Indian journal of veterinary science and animal husbandry - Volumes 15-17, 1948-1951
Year: 1948
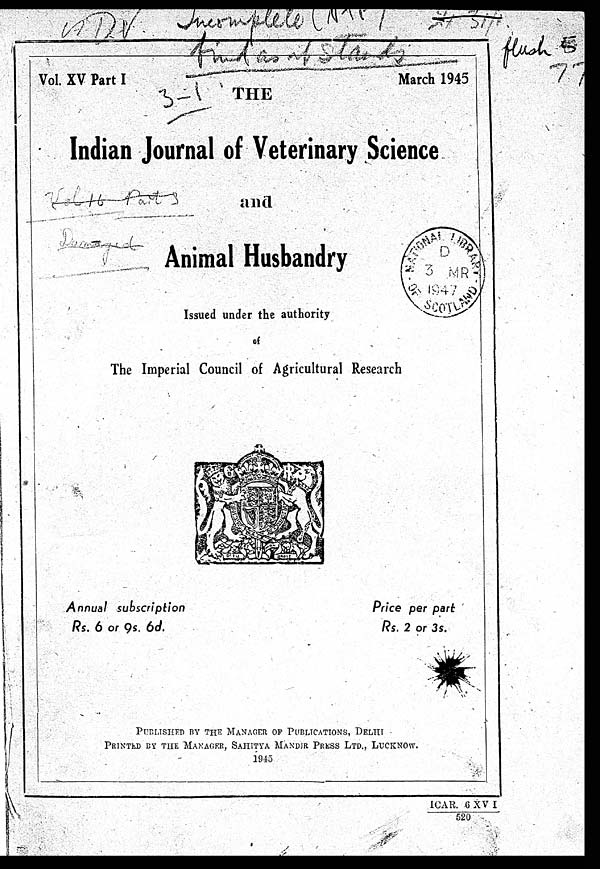
Vol. XV Part I
March 1945
THE
Indian Journal of Veterinary Science
and
Animal Husbandry
Issued under the authority
of
The Imperial Council of Agricultural Research
Annual
subscription
Rs. 6 or 9s. 6d.
Price per part
Rs. 2 or 3s.
PUBLISHED BY THE MANAGER OF PUBLICATIONS, DELHI
PRINTED BY THE MANAGER, SAHITYA MANDIR PRESS LTD., LUCKNOW
1945
ICAR. 6 XVI
520